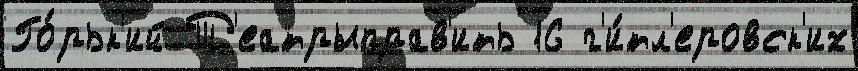
Го́рьк'ий Т'еатрыправ'ить 16 г'и́тл'еровск'их